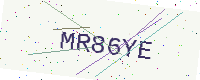
Text: MR86YE